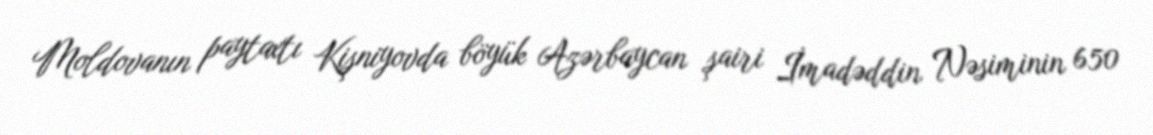
Moldovanın paytaxtı Kişniyovda böyük Azərbaycan şairi İmadəddin Nəsiminin 650